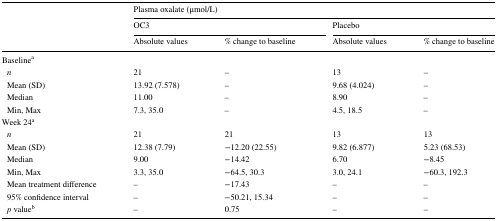
<table><thead><tr><td rowspan="3"></td><td colspan="4"><b>Plasma oxalate (μmol/L)</b></td></tr><tr><td colspan="2"><b>OC3</b></td><td colspan="2"><b>Placebo</b></td></tr><tr><td><b>Absolute values</b></td><td><b>% change to baseline</b></td><td><b>Absolute values</b></td><td><b>% change to baseline</b></td></tr></thead><tbody><tr><td colspan="5">Baseline<sup>a</sup></td></tr><tr><td> <i>n</i></td><td>21</td><td>–</td><td>13</td><td>–</td></tr><tr><td> Mean (SD)</td><td>13.92 (7.578)</td><td>–</td><td>9.68 (4.024)</td><td>–</td></tr><tr><td> Median</td><td>11.00</td><td>–</td><td>8.90</td><td>–</td></tr><tr><td> Min, Max</td><td>7.3, 35.0</td><td>–</td><td>4.5, 18.5</td><td>–</td></tr><tr><td colspan="5">Week 24<sup>a</sup></td></tr><tr><td> <i>n</i></td><td>21</td><td>21</td><td>13</td><td>13</td></tr><tr><td> Mean (SD)</td><td>12.38 (7.79)</td><td>−12.20 (22.55)</td><td>9.82 (6.877)</td><td>5.23 (68.53)</td></tr><tr><td> Median</td><td>9.00</td><td>−14.42</td><td>6.70</td><td>−8.45</td></tr><tr><td> Min, Max</td><td>3.3, 35.0</td><td>−64.5, 30.3</td><td>3.0, 24.1</td><td>−60.3, 192.3</td></tr><tr><td> Mean treatment difference</td><td>–</td><td>−17.43</td><td>–</td><td>–</td></tr><tr><td> 95% confidence interval</td><td>–</td><td>−50.21, 15.34</td><td>–</td><td>–</td></tr><tr><td> <i>p</i> value<sup>b</sup></td><td>–</td><td>0.75</td><td>–</td><td>–</td></tr></tbody></table>